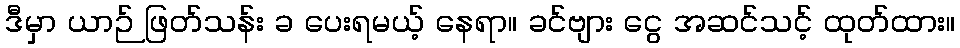
ဒီမှာ ယာဉ် ဖြတ်သန်း ခ ပေးရမယ့် နေရာ။ ခင်ဗျား ငွေ အဆင်သင့် ထုတ်ထား။